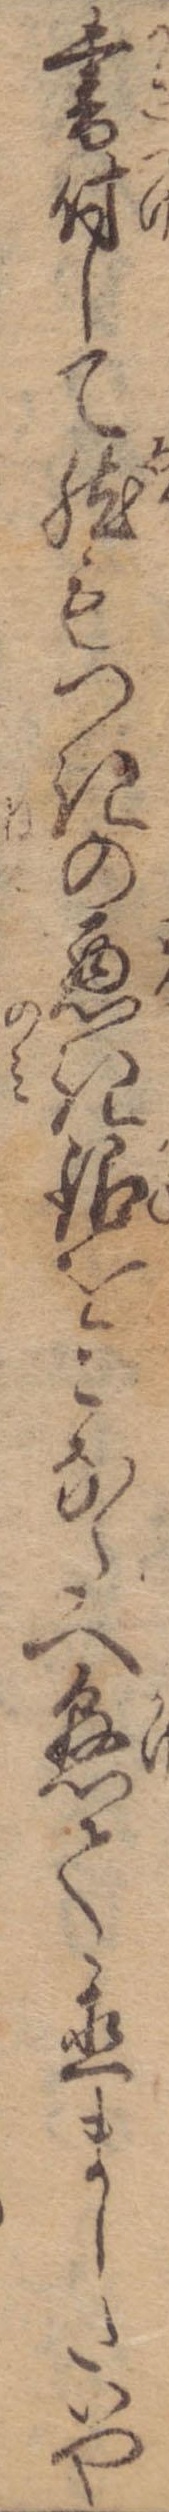
書付して然もつきの悪き銀をこなたへ懸て置ましたいや